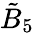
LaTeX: {\tilde{B}}_{5}